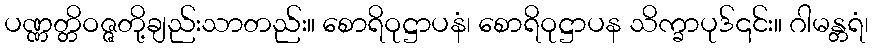
ပဏ္ဏတ္တိဝဇ္ဇတို့ချည်းသာတည်း။ စောရိဝုဋ္ဌာပနံ၊ စောရိဝုဋ္ဌာပန သိက္ခာပုဒ်၎င်း။ ဂါမန္တရံ၊